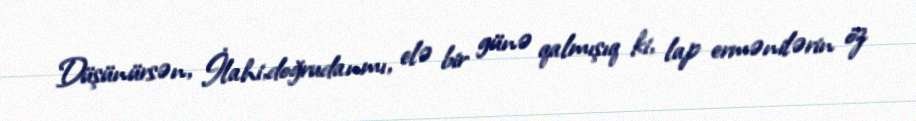
Düşünürsən, İlahi,doğrudanmı, elə bir günə qalmışıq ki, lap ermənilərin öz